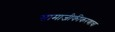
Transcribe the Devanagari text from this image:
सामाजीकीकरणाचा